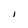
Character: l